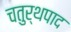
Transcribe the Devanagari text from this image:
चतुर्थपाद